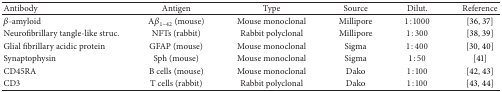
| Antibody | Antigen | Type | Source | Dilut. | Reference |
 | --- | --- | --- | --- | --- | --- |
 | β-amyloid | Aβ1–42 (mouse) | Mouse monoclonal | Millipore | 1 : 1000 | [36, 37] |
 | Neurofibrillary tangle-like struc. | NFTs (rabbit) | Rabbit polyclonal | Millipore | 1 : 300 | [38, 39] |
 | Glial fibrillary acidic protein | GFAP (mouse) | Mouse monoclonal | Sigma | 1 : 400 | [30, 40] |
 | Synaptophysin | Sph (mouse) | Mouse monoclonal | Sigma | 1 : 50 | [41] |
 | CD45RA | B cells (mouse) | Mouse monoclonal | Dako | 1 : 100 | [42, 43] |
 | CD3 | T cells (rabbit) | Rabbit polyclonal | Dako | 1 : 100 | [43, 44] |